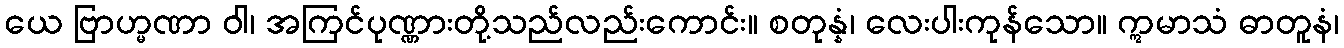
ယေ ဗြာဟ္မဏာ ဝါ၊ အကြင်ပုဏ္ဏားတို့သည်လည်းကောင်း။ စတုန္နံ၊ လေးပါးကုန်သော။ ဣမာသံ ဓာတူနံ၊